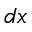
d x